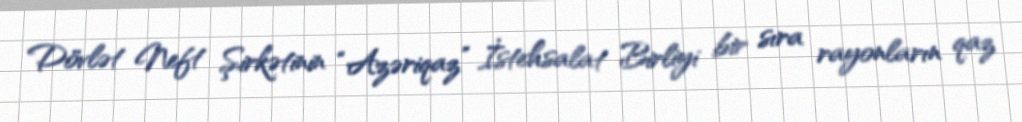
Dövlət Neft Şirkətinin “Azəriqaz” İstehsalat Birliyi bir sıra rayonların qaz